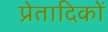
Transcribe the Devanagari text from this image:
प्रेतादिकों